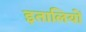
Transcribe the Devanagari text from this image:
इतालियों